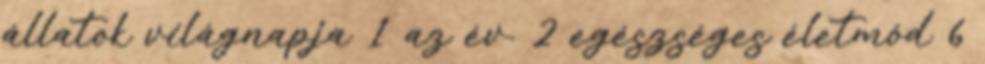
állatok világnapja 1 az év. 2 egészséges életmód 6